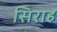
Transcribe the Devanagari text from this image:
सिराह